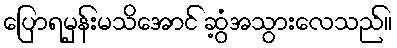
ပြောရမှန်းမသိအောင် ဆွံ့အသွားလေသည်။